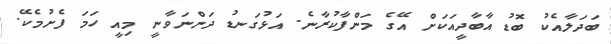
ބަދަލާއެކު ބޮޑު އާބާދީއަކަށް އޭގެ މަންފާކުރާނެ. އަޅުގަނޑު ދަންނަވާނީ މިއީ ހަމަ ފެށުމެކޭ.